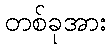
တစ်ခုအား